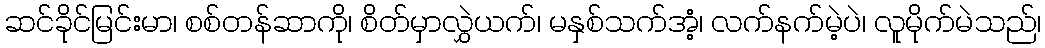
ဆင်ခိုင်မြင်းမာ၊ စစ်တန်ဆာကို၊ စိတ်မှာလွှဲယက်၊ မနှစ်သက်အံ့၊ လက်နက်မဲ့ပဲ၊ လူမိုက်မဲသည်၊